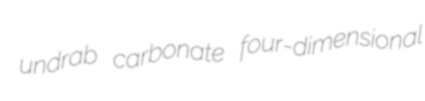
undrab carbonate four-dimensional